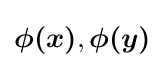
{\boldsymbol {\phi (x)}},{\boldsymbol {\phi (y)}}